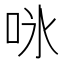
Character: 𭇛